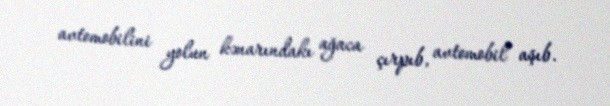
avtomobilini yolun kənarındakı ağaca çırpıb, avtomobil aşıb.